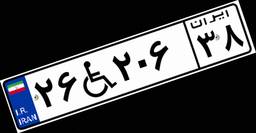
۲۶W۲۰۶۳۸